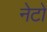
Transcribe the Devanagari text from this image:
नेटो